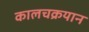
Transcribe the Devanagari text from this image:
कालचक्रयान